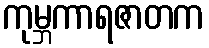
ကုမ္ဘကာရဇာတက